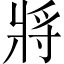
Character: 將